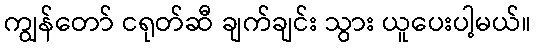
ကျွန်တော် ငရုတ်ဆီ ချက်ချင်း သွား ယူပေးပါ့မယ်။